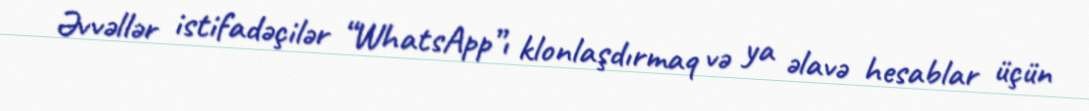
Əvvəllər istifadəçilər “WhatsApp”ı klonlaşdırmaq və ya əlavə hesablar üçün